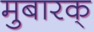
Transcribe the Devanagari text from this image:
मुबारक्